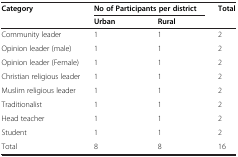
| Category | <COLSPAN=2> No of Participants per district | Total |
 |  | Urban | Rural |  |
 | --- | --- | --- | --- |
 | Community leader | 1 | 1 | 2 |
 | Opinion leader (male) | 1 | 1 | 2 |
 | Opinion leader (Female) | 1 | 1 | 2 |
 | Christian religious leader | 1 | 1 | 2 |
 | Muslim religious leader | 1 | 1 | 2 |
 | Traditionalist | 1 | 1 | 2 |
 | Head teacher | 1 | 1 | 2 |
 | Student | 1 | 1 | 2 |
 | Total | 8 | 8 | 16 |